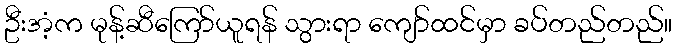
ဦးအံ့က မုန့်ဆီကြော်ယူရန် သွားရာ ကျော်ထင်မှာ ခပ်တည်တည်။